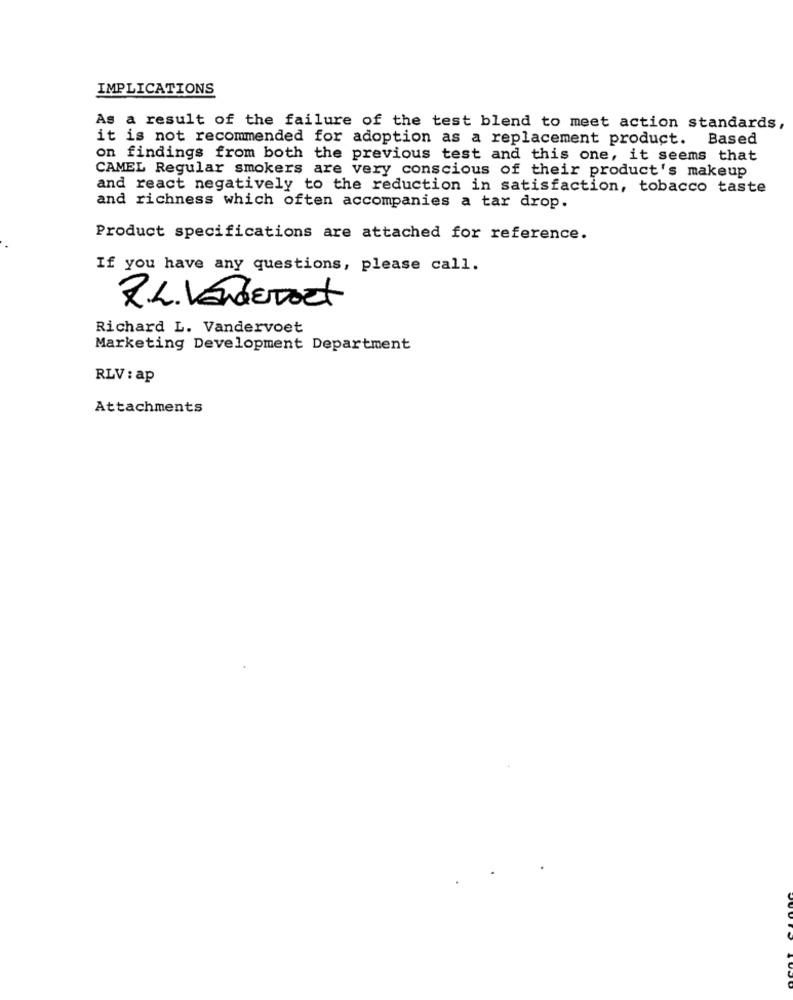
IMPLICATIONS
As a result of the failure of the test blend to meet action standards,
it is not recommended for adoption as a replacement product. Based
on findings from both the previous test and this one, it seems that
CAMEL Regular smokers are very conscious of their product's makeup
and react negatively to the reduction in satisfaction, tobacco taste
and richness which often accompanies a tar drop.
Product specifications are attached for reference.
If you have any questions, please call.
R.L. VenderDoet
Richard L. Vandervoet
Marketing Development Department
RLV : ap
Attachments